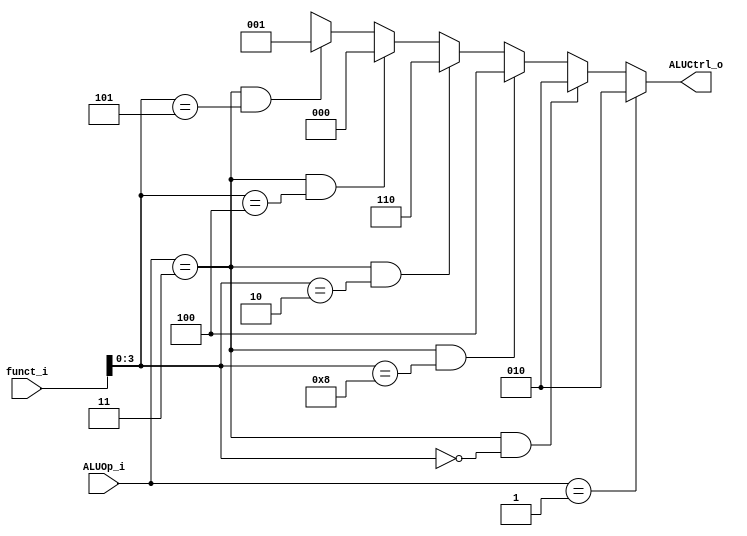
module ALU_Control
(
	funct_i,
	ALUOp_i,
	ALUCtrl_o
);

input	[1:0]		ALUOp_i;
input	[5:0]		funct_i;
output	[2:0]		ALUCtrl_o;

assign	ALUCtrl_o	=	(ALUOp_i == 2'b01) ? 3'b010 :
						((ALUOp_i == 2'b11) && (funct_i[3:0] == 4'b0000)) ? 3'b010 :
						((ALUOp_i == 2'b11) && (funct_i[3:0] == 4'b1000)) ? 3'b100 :
						((ALUOp_i == 2'b11) && (funct_i[3:0] == 4'b0010)) ? 3'b110 :
						((ALUOp_i == 2'b11) && (funct_i[3:0] == 4'b0100)) ? 3'b000 :
						((ALUOp_i == 2'b11) && (funct_i[3:0] == 4'b0101)) ? 3'b001 :
						3'bx;


endmodule